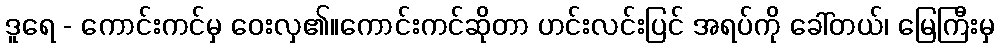
ဒူရေ - ကောင်းကင်မှ ဝေးလှ၏။ကောင်းကင်ဆိုတာ ဟင်းလင်းပြင် အရပ်ကို ခေါ်တယ်၊ မြေကြီးမှ